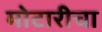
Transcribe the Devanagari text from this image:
मोटारीचा